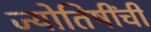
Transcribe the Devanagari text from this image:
ज्योतिषींची